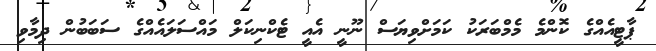
ޕާޓީއެއްގެ ކޮންމެ މެމްބަރަކު ކަމަށްވިޔަސް ނޫނީ އެއީ ޓެކްނިކަލް މައްސަލައެއްގެ ސަބަބުން ދިމާވި